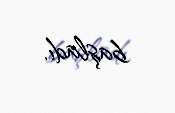
başladı.